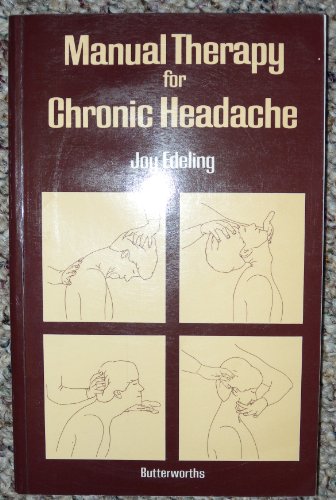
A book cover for Manual Therapy for Chronic Headache; Joy Edeling; Health, Fitness & Dieting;